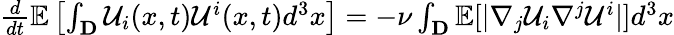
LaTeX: \begin{array}{r}{\frac{d}{dt}\mathbb{E}\left[\int_{\mathbf{D}}\mathcal{U}_{i}(x,t)\mathcal{U}^{i}(x,t)d^{3}x\right]=-\nu\int_{\mathbf{D}}\mathbb{E}[|\nabla_{j}\mathcal{U}_{i}\nabla^{j}\mathcal{U}^{i}|]d^{3}x}\end{array}